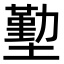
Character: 𭏶